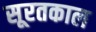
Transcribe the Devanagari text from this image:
सूरतकाल